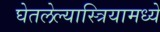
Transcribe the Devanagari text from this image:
घेतलेल्यास्त्रियामध्ये